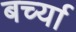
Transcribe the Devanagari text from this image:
बर्च्या